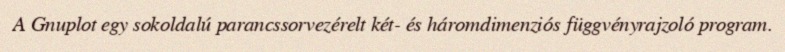
A Gnuplot egy sokoldalú parancssorvezérelt két- és háromdimenziós függvényrajzoló program.